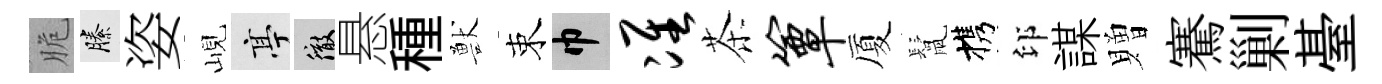
脆縢姿峴亭徹悬種獸束巾准茶簟厦鬛携印謀贈騫剿䑓